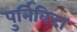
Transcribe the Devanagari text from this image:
पुर्निविदा